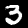
Label: 3